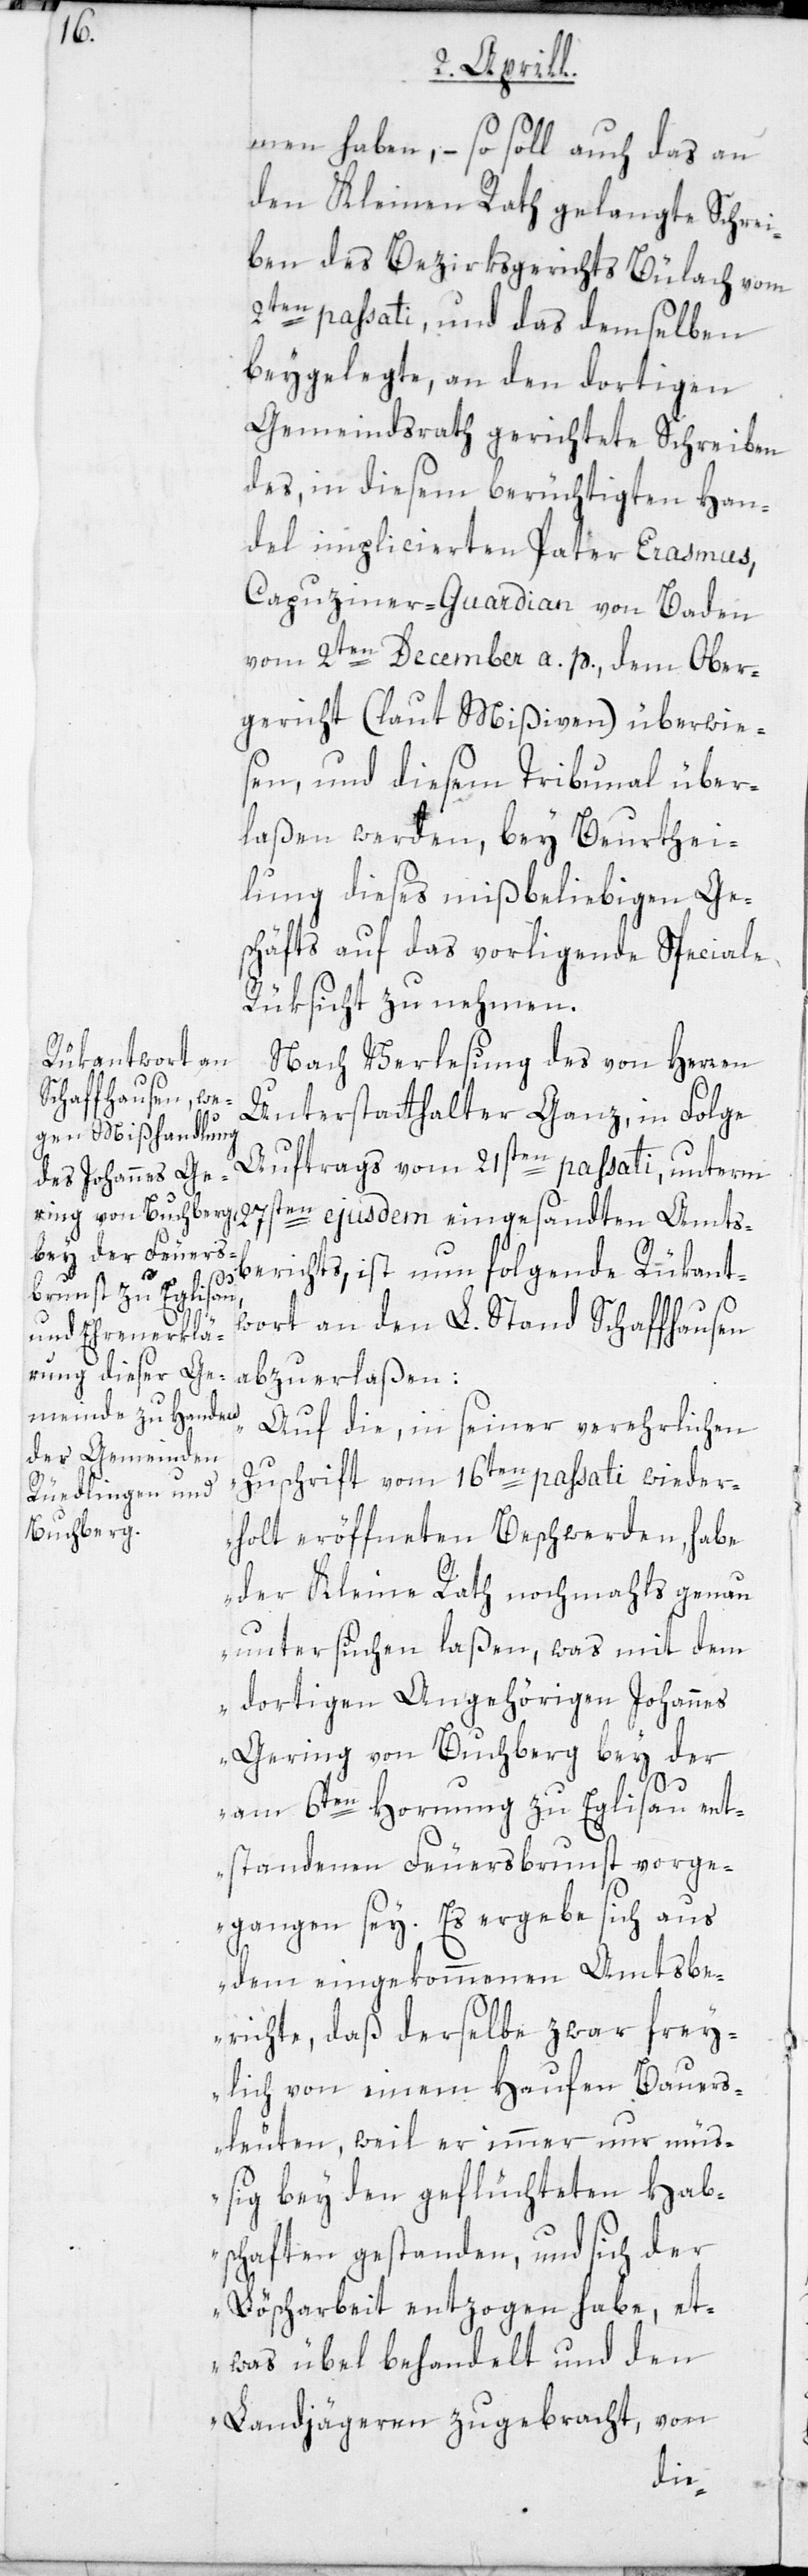
men haben, – so soll auch das an
den Kleinen Rath gelangte Schrei¬
ben des Bezirksgerichts Bülach vom
2ten passati, und das demselben
beygelegte, an den dortigen
Gemeindsrath gerichtete Schreiben
des, in diesem berüchtigten Han¬
del implicierten Pater Erasmus,
Capuziner-Guardian von Baden
vom 2ten December a p., dem Ober¬
gericht (laut Mißiven) überwies¬
en, und diesem Tribunal über¬
laßen werden, bey Beurthei¬
lung dieses mißbeliebigen Ge¬
schäfts auf das vorligende Speciale
Rücksicht zu nehmen.
Nach Verlesung des von Herren
Unterstatthalter Ganz, in Folge
Auftrags vom 21sten passati, unterm
27sten ejusdem eingesandten Amts¬
berichts, ist nun folgende Rückant¬
wort an den L. Stand Schaffhausen
abzuerlaßen:
„Auf die, in seiner verehrlichen
Zuschrift vom 16ten passati wieder¬
holt eröffneten Beschwerden, habe
der Kleine Rath nochmals genau
untersuchen laßen, was mit dem
dortigen Angehörigen Johannes
Gering von Buchberg bey der
am 6ten Hornung zu Eglisau ent¬
standenen Feuersbrunst vorge¬
gangen sey. Es ergebe sich aus
dem eingekommenen Amtsbe¬
richte, daß derselbe zwar frey¬
lich von einem Haufen Bauers¬
leuten, weil er immer nur müs¬
sig bey den geflüchteten Hab¬
schaften gestanden, und sich der
Löscharbeit entzogen habe, et¬
was übel behandelt und den
Landjägeren zugebracht, von